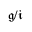
{ \mathfrak { g } } / { \mathfrak { i } }